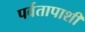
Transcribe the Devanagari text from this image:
पर्वतापाशी